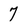
Character: 7